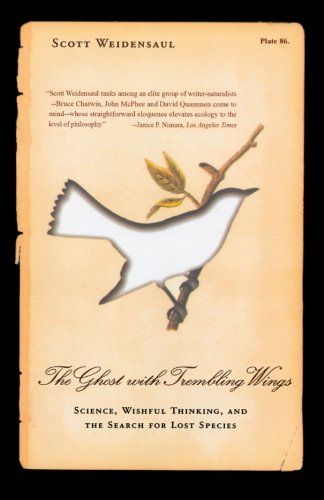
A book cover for The Ghost with Trembling Wings: Science, Wishful Thinking and the Search for Lost Species; Scott Weidensaul; Science & Math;